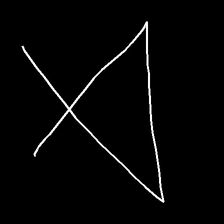
Glyph: collection